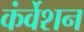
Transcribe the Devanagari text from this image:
कंर्वेशन